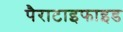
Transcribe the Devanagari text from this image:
पैराटाइफाइड